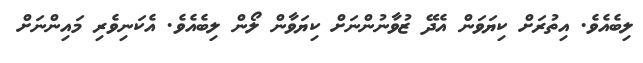
ލިބެއެވެ. އިތުރަށް ކިޔަވަން އެދޭ ޒުވާނުންނަށް ކިޔަވާން ލޯން ލިބެއެވެ. އެކަނިވެރި މައިންނަށް